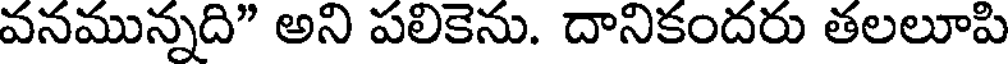
వనమున్నది" అని పలికెను. దానికందరు తలలూపి